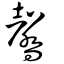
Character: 毊